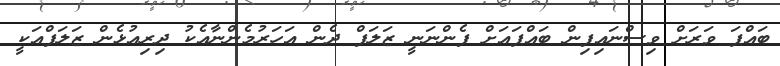
ބައްޕަ ވަރަށް ވިސްނައިފިން ބައްޕައަށް ފެންނަނީ ޒަލަފް ދެން އަހަރުމެންނާއެކު ދިރިއުޅެން ޒަލަފްއަކީ